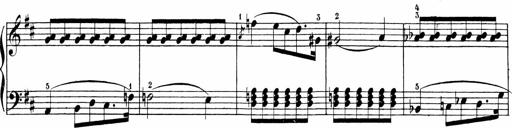
Title: Sonatinen Op.47, 98 und 136, nebst 6 Liedersonatinen
Composer: Carl Reinecke